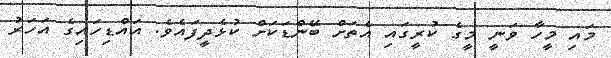
މައި މީހާ ވަނީ މީގެ ކުރީގައި އެތަށް ބޭންޑަކަށް ކުޅެދީފައެވެ. އައްޑިހައިގެ އަހަރު